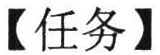
【任务】